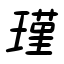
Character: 瑾